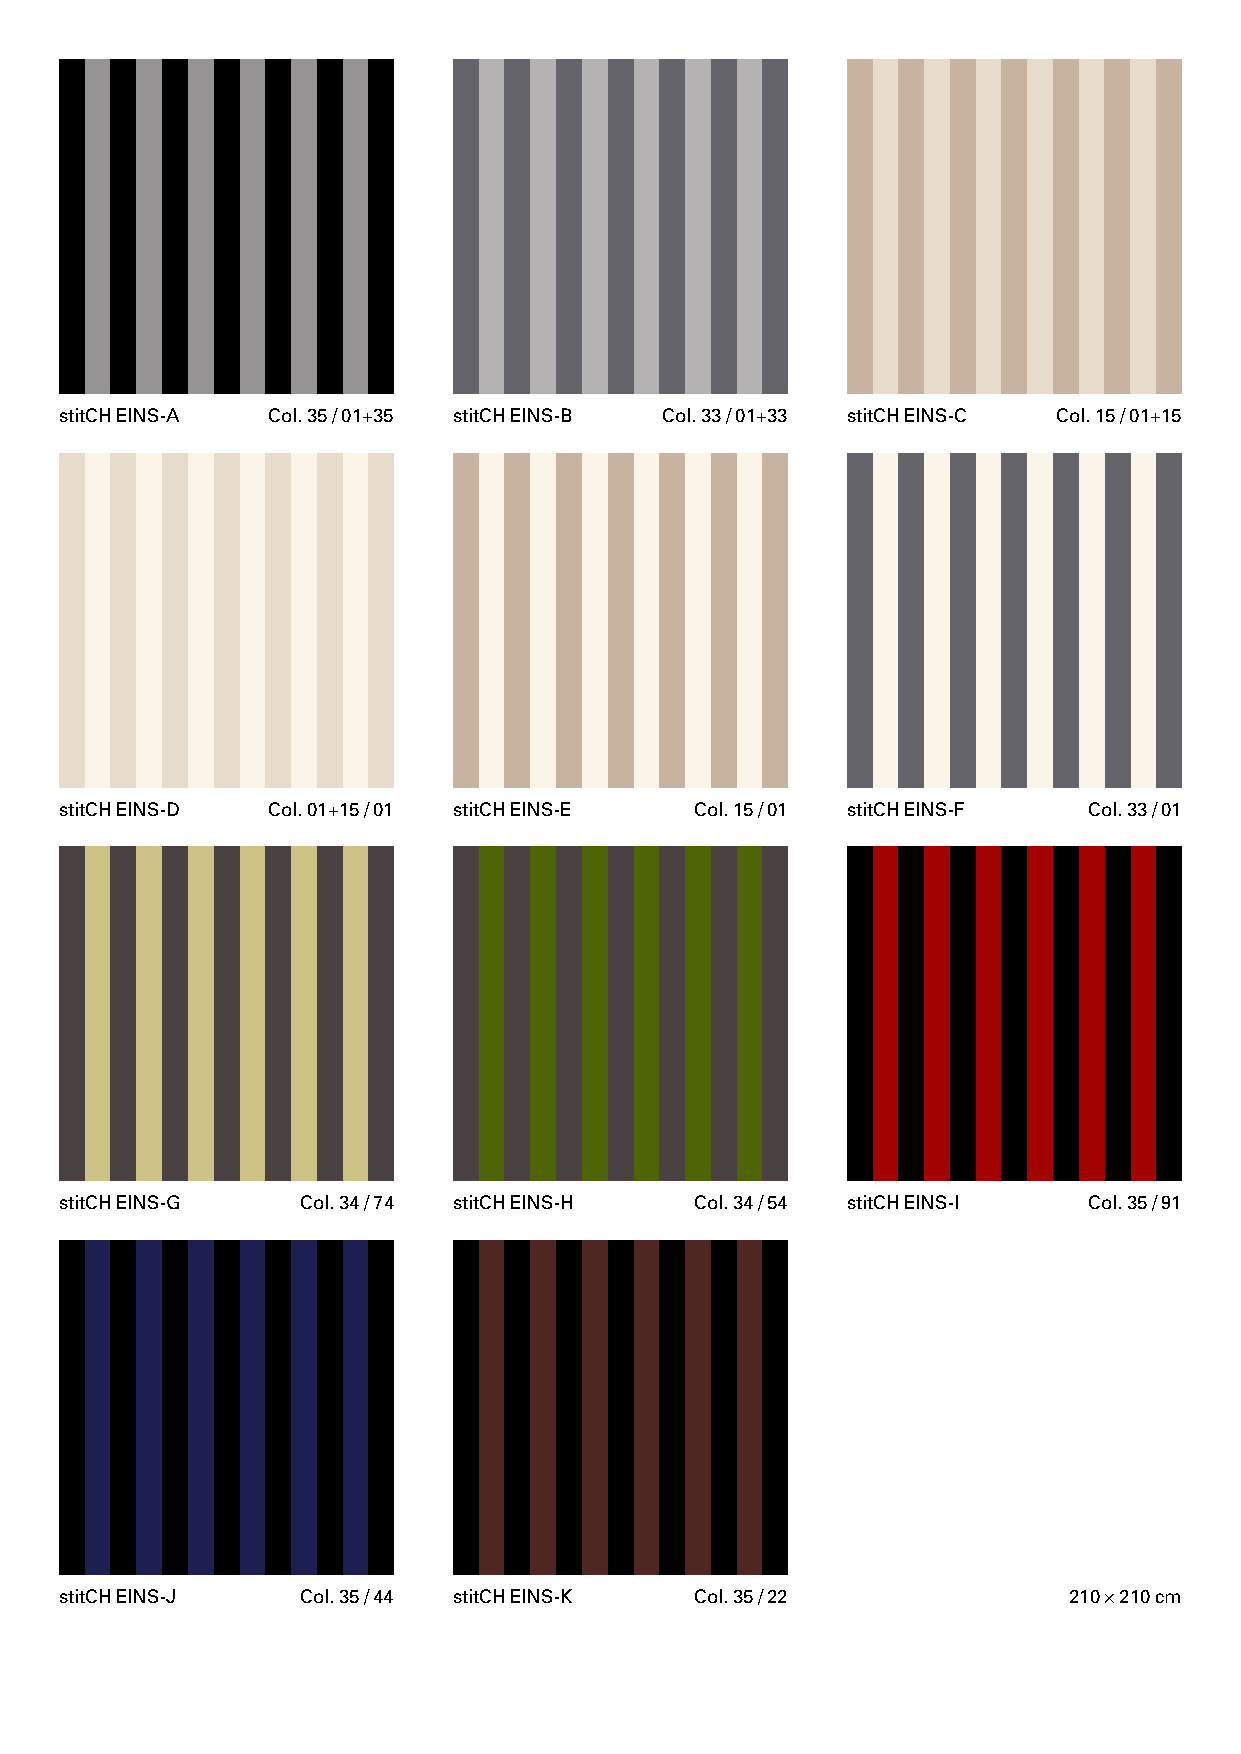
stitCH EINS-A Col. 35 / 01+35 stitCH EINS-B Col. 33 / 01+33 stitCH EINS-C Col. 15 / 01+15
 stitCH EINS-D Col. 01+15 / 01 stitCH EINS-E Col. 15 / 01 stitCH EINS-F Col. 33 / 01
 stitCH EINS-G   Col. 34 / 74 stitCH EINS-H Col. 34 / 54 stitCH EINS-I Col. 35 / 91
 stitCH EINS-J   Col. 35 / 44 stitCH EINS-K Col. 35 / 22            210 × 210 cm